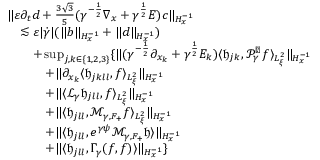
\begin{array} { r l } & { \| \varepsilon \partial _ { t } d + \frac { 3 \sqrt { 3 } } { 5 } ( \gamma ^ { - \frac { 1 } { 2 } } \nabla _ { x } + \gamma ^ { \frac { 1 } { 2 } } E ) c \| _ { H _ { x } ^ { - 1 } } } \\ & { \quad \lesssim \varepsilon | \dot { \gamma } | ( \| b \| _ { H _ { x } ^ { - 1 } } + \| d \| _ { H _ { x } ^ { - 1 } } ) } \\ & { \quad \quad + \operatorname* { s u p } _ { j , k \in \{ 1 , 2 , 3 \} } \{ \| ( \gamma ^ { - \frac { 1 } { 2 } } \partial _ { x _ { k } } + \gamma ^ { \frac { 1 } { 2 } } E _ { k } ) \langle \mathfrak h _ { j k } , \mathcal P _ { \gamma } ^ { \perp } f \rangle _ { L _ { \xi } ^ { 2 } } \| _ { H _ { x } ^ { - 1 } } } \\ & { \quad \quad \quad + \| \partial _ { x _ { k } } \langle \mathfrak h _ { j k l l } , f \rangle _ { L _ { \xi } ^ { 2 } } \| _ { H _ { x } ^ { - 1 } } } \\ & { \quad \quad \quad + \| \langle \mathcal L _ { \gamma } \mathfrak h _ { j l l } , f \rangle _ { L _ { \xi } ^ { 2 } } \| _ { H _ { x } ^ { - 1 } } } \\ & { \quad \quad \quad + \| \langle \mathfrak h _ { j l l } , \mathcal M _ { \gamma , F _ { + } } f \rangle _ { L _ { \xi } ^ { 2 } } \| _ { H _ { x } ^ { - 1 } } } \\ & { \quad \quad \quad + \| \langle \mathfrak h _ { j l l } , e ^ { \gamma \psi } \mathcal M _ { \gamma , F _ { + } } \mathfrak h \rangle \| _ { H _ { x } ^ { - 1 } } } \\ & { \quad \quad \quad + \| \langle \mathfrak h _ { j l l } , \Gamma _ { \gamma } ( f , f ) \rangle \| _ { H _ { x } ^ { - 1 } } \} } \end{array}